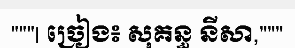
"""| ច្រៀង៖ សុគន្ធ នីសា,"""